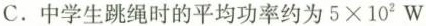
C.中学生跳绳时的平均功率约为 $$5